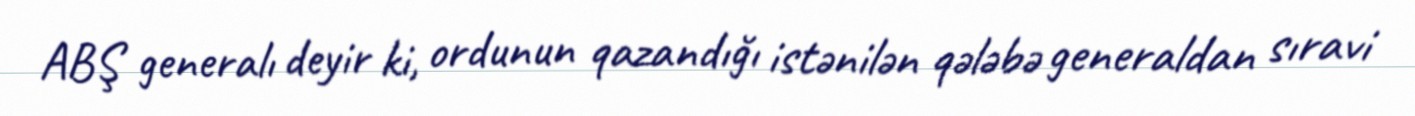
ABŞ generalı deyir ki, ordunun qazandığı istənilən qələbə generaldan sıravi